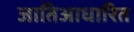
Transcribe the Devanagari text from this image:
जातिआधारित